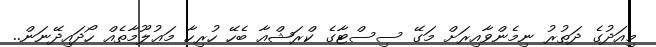
މިއަދުގެ ދަތުރު ނިމެންވާއިރަށް މަގޭ ސިސްޓާގެ ކްރަޝްއާ ބެހޭ ހުރިހާ މަޢުލޫމާތެއް ހޯދައިދޭނަން..